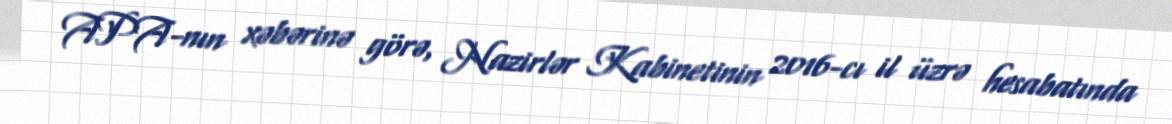
APA-nın xəbərinə görə, Nazirlər Kabinetinin 2016-cı il üzrə hesabatında